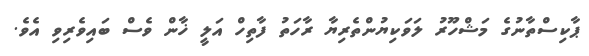
ޕާކިސްތާނުގެ މަޝްހޫރު ލަވަކިޔުންތެރިޔާ ރާހަތު ފާތިހް އަލީ ޚާން ވެސް ބައިވެރިވި އެވެ.